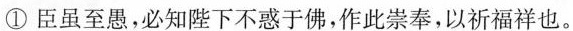
①臣虽至愚，必知陛下不惑于佛，作此崇奉，以祈福祥也。